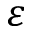
\varepsilon